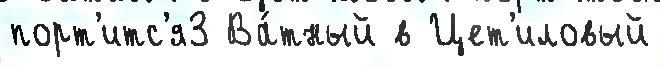
порт'итс'я3 Ва́тный в Цет'иловый